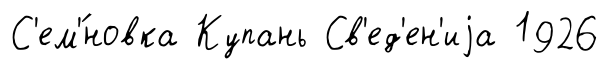
С'ем'́новка Купань Св'ед'ен'иjа 1926